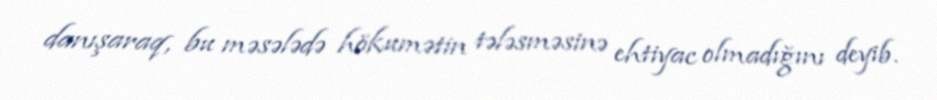
danışaraq, bu məsələdə hökumətin tələsməsinə ehtiyac olmadığını deyib.